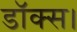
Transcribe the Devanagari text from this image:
डॉक्स।